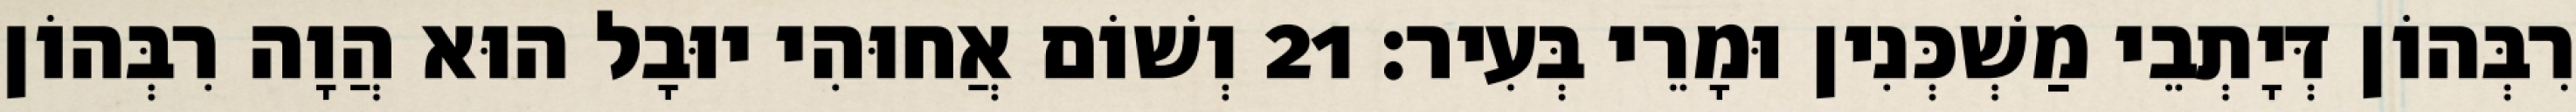
רִבְּהוֹן דְּיָתְבֵי מַשְׁכְּנִין וּמָרֵי בְּעִיר׃ 21 וְשׁוֹם אֲחוּהִי יוּבָל הוּא הֲוָה רִבְּהוֹן